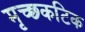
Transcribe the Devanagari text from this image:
मृच्छ्कटिक